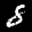
Label: 8